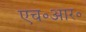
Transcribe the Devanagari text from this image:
एच॰आर॰